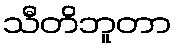
သီတိဘူတာ